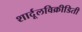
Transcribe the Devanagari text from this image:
शार्दूलविक्रीडिती